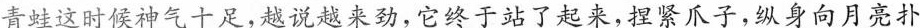
青蛙这时候神气十足，越说越来劲，它终于站了起来，捏紧爪子，纵身向月亮扑